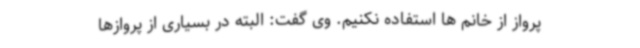
پرواز از خانم ها استفاده نکنیم. وی گفت: البته در بسیاری از پروازها